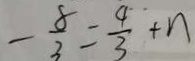
- \frac { 8 } { 3 } = \frac { 4 } { 3 } + n